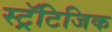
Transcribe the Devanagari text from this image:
स्ट्रॅटिजिक